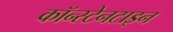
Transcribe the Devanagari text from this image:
कॉन्स्टेनटाइन